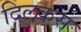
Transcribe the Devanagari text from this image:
दिलकस